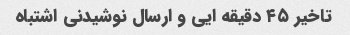
تاخیر ۴۵ دقیقه ایی و ارسال نوشیدنی اشتباه